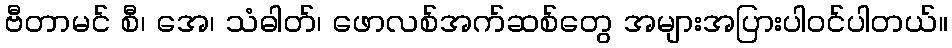
ဗီတာမင် စီ၊ အေ၊ သံဓါတ်၊ ဖောလစ်အက်ဆစ်တွေ အများအပြားပါဝင်ပါတယ်။